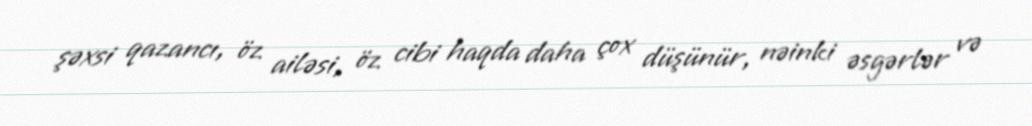
şəxsi qazancı, öz ailəsi, öz cibi haqda daha çox düşünür, nəinki əsgərlər və